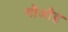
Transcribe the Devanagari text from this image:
गौऔइ